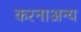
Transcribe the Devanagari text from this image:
करनाअन्य